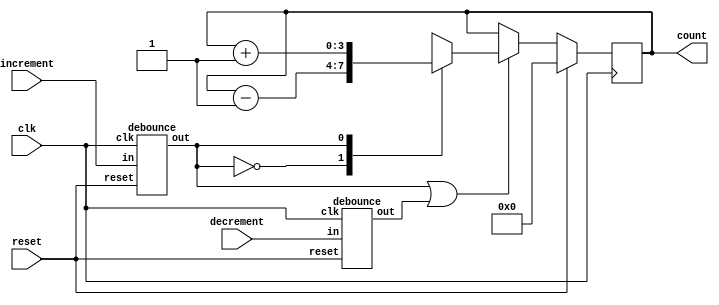
`timescale 1ns / 1ps

module four_bit_counter(
        input clk, reset, input increment, input decrement, output reg [3:0] count
    );
    reg enable;
    reg [3:0] mux_out;
    wire incr_out;
    wire decr_out;
   
    debounce incr_db(
        .clk(clk),
        .reset(reset),
        .in(increment),
        .out(incr_out)
      );
     debounce decr_db(
            .clk(clk),
            .reset(reset),
            .in(decrement),
            .out(decr_out)
     );
    always@(*)
        enable = incr_out | decr_out;
    always@(*)
    begin
        case(incr_out)
        1'b0: mux_out = count - 1;
        1'b1: mux_out = count + 1;
        endcase
     end
     
     always@(posedge clk)
        if(reset)
            count <= #1 0;
        else if(enable)
            count <= #1 mux_out;
 endmodule
 
 module debounce(
               input clk,
               input reset,
               input in,
               output out
);
parameter MAX_VALUE = 100000000;
reg count_en , clr;
reg [31:0] count;
always@(posedge clk)
    if(reset || clr)
        count_en <= 0;
    else if(in)
        count_en <= 1;
 always@(posedge clk)
     if(reset || clr)
        count <= 0;
    else if(in)
        count <= count + 1;
 always@* clr = count == MAX_VALUE;
 assign out = clr;
 endmodule